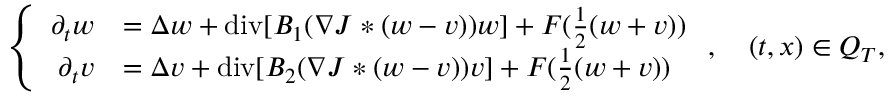
\left\lbrace \begin{array} { r l } { \partial _ { t } w } & { = \Delta w + \mathrm { d i v } [ B _ { 1 } ( \nabla J * ( w - v ) ) w ] + F ( \frac { 1 } { 2 } ( w + v ) ) } \\ { \partial _ { t } v } & { = \Delta v + \mathrm { d i v } [ B _ { 2 } ( \nabla J * ( w - v ) ) v ] + F ( \frac { 1 } { 2 } ( w + v ) ) } \end{array} \right. , \quad ( t , x ) \in Q _ { T } ,